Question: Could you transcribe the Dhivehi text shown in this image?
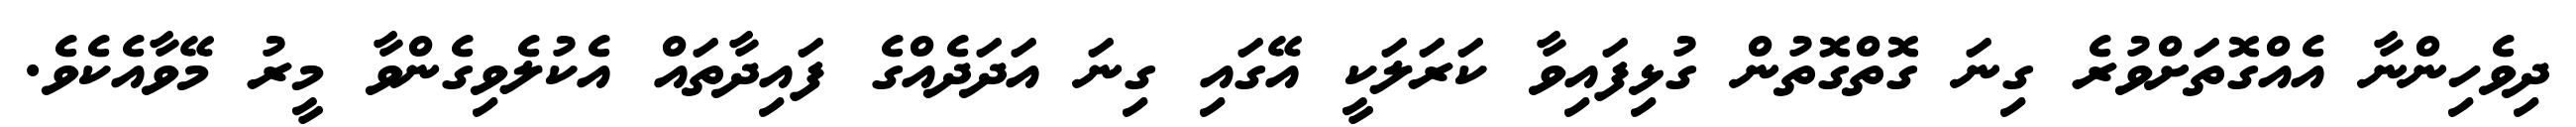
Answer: ދިވެހިންނާ އެއްގޮތަށްވުރެ ގިނަ ގޮތްގޮތުން ގުޅިފައިވާ ކަރަލަކީ އޭގައި ގިނަ އަދަދެއްގެ ފައިދާތައް އެކުލެވިގެންވާ މީރު މޭވާއެކެވެ.